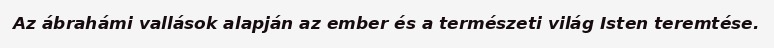
Az ábrahámi vallások alapján az ember és a természeti világ Isten teremtése.